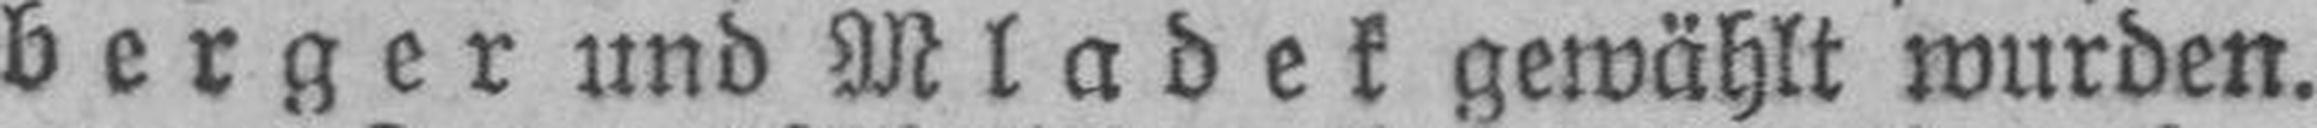
berger und Mladek gewählt wurden.